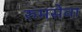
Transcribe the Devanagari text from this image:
रुमसेवा